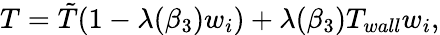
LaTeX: T=\tilde{T}(1-\lambda(\beta_{3})w_{i})+\lambda(\beta_{3})T_{wall}w_{i},